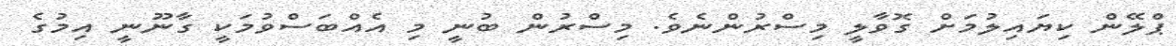
ޕްލޭން ކިޔައިލުމަށް ގޮވާލީ މިސްރުންނެވެ. މިސްރުން ބުނީ މި އެއްބަސްވުމަކީ ގާނޫނީ އިމުގެ